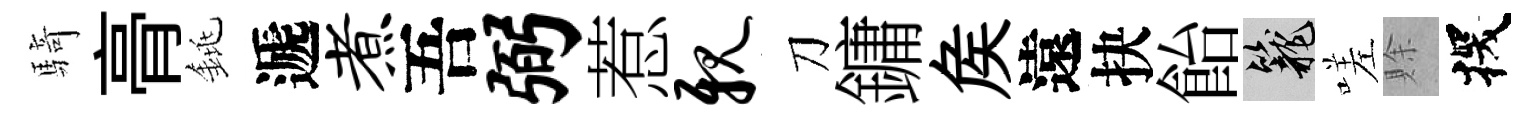
騎𮌔銚遞煮吾弼惹亲刀鏞矦遠抉飴籠嗟賖探